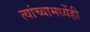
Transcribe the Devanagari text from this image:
त्यांच्यामध्येंही